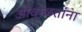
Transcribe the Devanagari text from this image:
ओवाळतांना